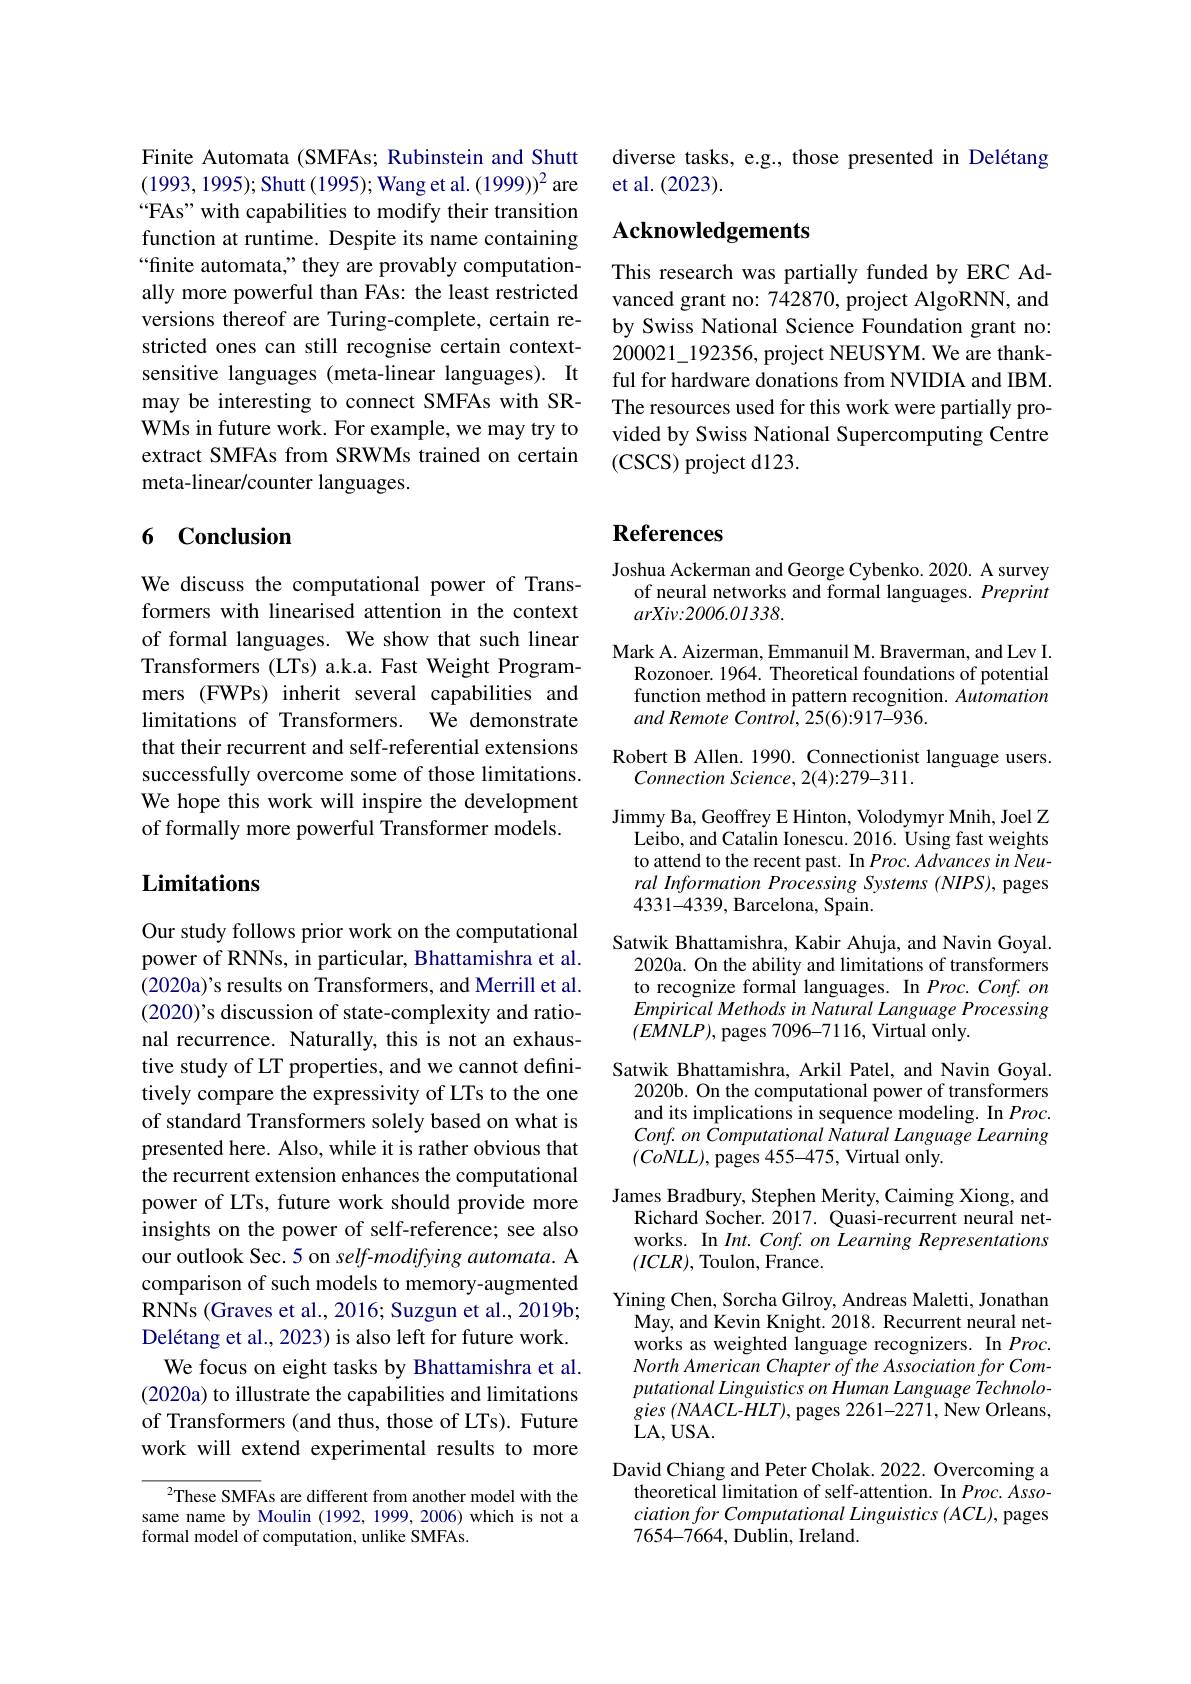
diverse tasks, e.g., those presented in Delétang
et al. (2023).

# Acknowledgements

This research was partially funded by ERC Advanced grant no: 742870, project AlgoRNN, and by Swiss National Science Foundation grant no: 200021\_192356, project NEUSYM. We are thankful for hardware donations from NVIDIA and IBM. The resources used for this work were partially provided by Swiss National Supercomputing Centre (CSCS) project d123.

Finite Automata (SMFAs; Rubinstein and Shutt (1993,1995); Shutt (1995); Wang et al. $(1999))^2$ are “FAs" with capabilities to modify their transition function at runtime. Despite its name containing “finite automata,” they are provably computationally more powerful than FAs: the least restricted versions thereof are Turing-complete, certain restricted ones can still recognise certain contextsensitive languages (meta-linear languages). It may be interesting to connect SMFAs with SRWMs in future work. For example, we may try to extract SMFAs from SRWMs trained on certain meta-linear/counter languages.

# 6 Conclusion

We discuss the computational power of Transformers with linearised attention in the context of formal languages. We show that such linear Transformers (LTs) a.k.a. Fast Weight Programmers (FWPs) inherit several capabilities and limitations of Transformers. We demonstrate that their recurrent and self-referential extensions successfully overcome some of those limitations. We hope this work will inspire the development of formally more powerful Transformer models.

# Limitations

Our study follows prior work on the computational power of RNNs, in particular, Bhattamishra et al. (2020a)'s results on Transformers, and Merrill et al. $(2020)’$s discussion of state-complexity and rational recurrence. Naturally, this is not an exhaustive study of LT properties, and we cannot definitively compare the expressivity of LTs to the one of standard Transformers solely based on what is presented here. Also, while it is rather obvious that the recurrent extension enhances the computational power of LTs, future work should provide more insights on the power of self-reference; see also our outlook Sec. 5 on self-modifying automata. A comparison of such models to memory-augmented RNNs (Graves et al., 2016; Suzgun et al., 2019b; Delétang et al., 2023) is also left for future work. We focus on eight tasks by Bhattamishra et al.
(2020a) to illustrate the capabilities and limitations of Transformers (and thus, those of LTs). Future work will extend experimental results to more

$^2$These SMFAs are different from another model with the same name by Moulin (1992,1999,2006) which is not a formal model of computation, unlike SMFAs.

# References

Joshua Ackerman and George Cybenko. 2020. A survey
of neural networks and formal languages. Preprint
$arXiv:2006.01338.$
Mark A. Aizerman, Emmanuil M. Braverman, and Lev I.
Rozonoer. 1964. Theoretical foundations of potential function method in pattern recognition. Automation and Remote Control, 25(6):917-936.
Robert B Allen. 1990. Connectionist language users.
Connection Science, 2(4):279-311.
Jimmy Ba, Geoffrey E Hinton, Volodymyr Mnih, Joel Z
Leibo, and Catalin Ionescu. 2016. Using fast weights to attend to the recent past. In Proc. Advances in Neural Information Processing Systems (NIPS), pages 4331-4339, Barcelona, Spain.
Satwik Bhattamishra, Kabir Ahuja, and Navin Goyal.
2020a. On the ability and limitations of transformers to recognize formal languages. In Proc. Conf. on Empirical Methods in Natural Language Processing $(EMNLP)$, pages 7096-7116, Virtual only.
Satwik Bhattamishra, Arkil Patel, and Navin Goyal.
2020b. On the computational power of transformers and its implications in sequence modeling. In Proc. Conf. on Computational Natural Language Learning $(CoNLL)$,pages 455-475, Virtual only.
James Bradbury, Stephen Merity, Caiming Xiong, and
Richard Socher. 2017. Quasi-recurrent neural networks. In Int. Conf. on Learning Representations $(ICLR)$, Toulon, France.
Yining Chen, Sorcha Gilroy, Andreas Maletti, Jonathan
May, and Kevin Knight. 2018. Recurrent neural networks as weighted language recognizers. In Proc. North American Chapter of the Association for Computational Linguistics on Human Language Technologies $( NAACL- HLT) $,pages 2261-2271, New Orleans, LA, USA.
David Chiang and Peter Cholak. 2022. Overcoming a
theoretical limitation of self-attention. In Proc. Association for Computational Linguistics (ACL), pages $7654-7664,\dot{\text{Dublin, Ireland}}.$